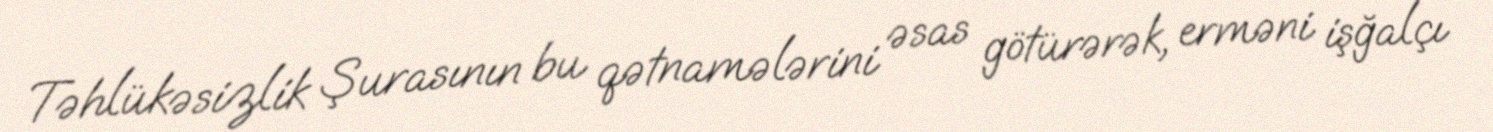
Təhlükəsizlik Şurasının bu qətnamələrini əsas götürərək, erməni işğalçı